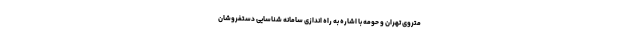
متروی تهران و حومه با اشاره به راه اندازی سامانه شناسایی دستفروشان